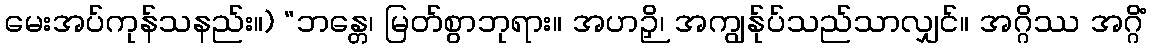
မေးအပ်ကုန်သနည်း။) “ဘန္တေ၊ မြတ်စွာဘုရား။ အဟဉှိ၊ အကျွန်ုပ်သည်သာလျှင်။ အဂ္ဂိဿ အဂ္ဂိံ